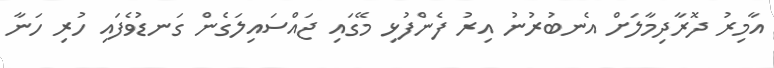
އާމިރު ދޮރާދިމާލަށް އެނބުރުނު އިރު ފެންފުޅި މޭގައި ޖައްސައިލަގެން ގަނޑުވެފައި ހުރި ހަނާ